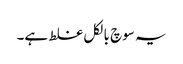
یہ سوچ بالکل غلط ہے۔